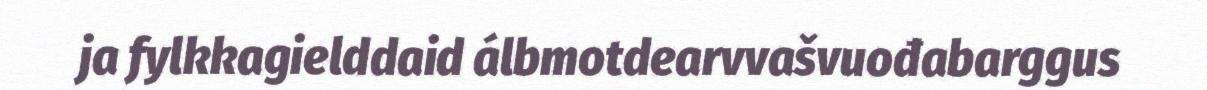
ja fylkkagielddaid álbmotdearvvašvuođabarggus